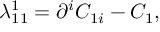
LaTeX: \lambda _ { 1 1 } ^ { 1 } = \partial ^ { i } C _ { 1 i } - C _ { 1 } ,